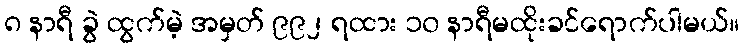
၈ နာရီ ခွဲ ထွက်မဲ့ အမှတ် ၉၉၂ ရထား ၁၀ နာရီမထိုးခင်ရောက်ပါမယ်။